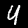
Label: 4